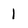
Character: 1